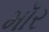
મૉર